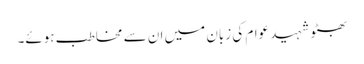
بھٹو شہید عوام کی زبان میں ان سے مخاطب ہوئے۔